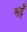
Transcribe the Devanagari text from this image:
मइँ